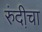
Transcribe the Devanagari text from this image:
रुंदी़चा